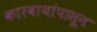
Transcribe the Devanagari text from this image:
कारवायांपासून